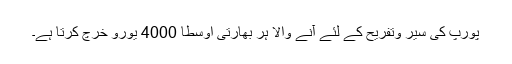
پورپ کی سیر وتفریح کے لئے آنے والا ہر بھارتی اوسطا 4000 یورو خرچ کرتا ہے۔